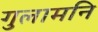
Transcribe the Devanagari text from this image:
गुलामनि